Vaccination United Provinces of Agra and Oudh 1914-1922 - 1914-1922
Year: 1914
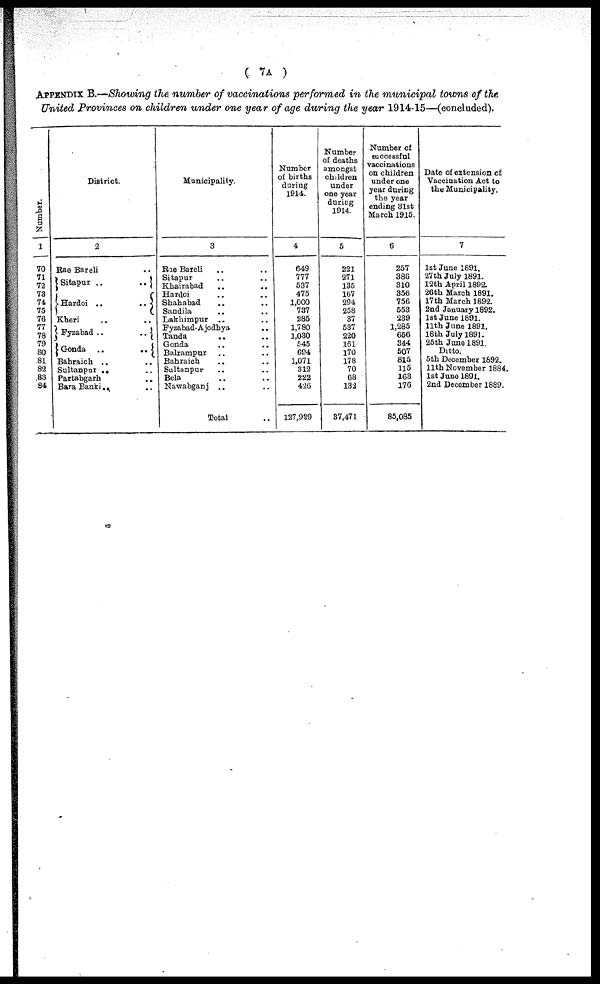
( 7A )
APPENDIX B.—Showing the number of vaccinations performed in the municipal towns of the
United Provinces on children under one year of age during the year 1914-15—(concluded).
Number.
1
70
71
72
73
74
75
76
77
78
79
80
81
82
83
84
District.
2
Rae Bareli
Sitapur ..
..
Hardoi ..
..
Kheri
Fyzabad ..
..
Gonda ..
..
Bahraich ..
..
Sultanpur ..
Partabgarh
..
Bara Banki ..
Municipality.
3
Rae Bareli .. ..
Sitapur .. ..
Khairabad .. ..
Hardoi .. ..
Shahabad .. ..
Sandila .. ..
Lakhimpur .. ..
Fyzabad-Ajodhya ..
Tanda .. ..
Gonda .. ..
Balrampur .. ..
Bahraich .. ..
Sultanpur .. ..
Bela .. ..
Nawabganj .. ..
Total ..
Number
of births
during
1914.
4
649
777
537
475
1,000
737
285
1,780
1,030
545
694
1,071
312
222
426
127,929
Number
of deaths
amongst
children
under
one year
during
1914.
5
221
271
135
167
294
258
37
537
220
161
170
178
70
68
132
37,471
Number of
successful
vaccinations
on children
under one
year during
the year
ending 31st
March 1915.
6
257
386
310
356
756
553
239
1,285
656
344
507
815
115
163
176
85,085
Date of extension of
Vaccination Act to
the Municipality.
7
1st June 1891.
27th July 1891.
12th April 1892.
26th March 1891.
17th March 1892.
2nd January 1892.
1st June 1891.
11th June 1891.
18th July 1891.
25th June 1891.
Ditto.
5th December 1892.
11th November 1884.
1st June 1891.
2nd December 1889.